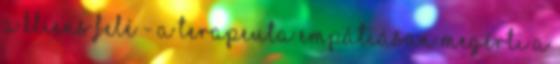
a kliens felé - A terapeuta empátiásan megérti a